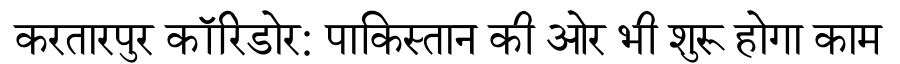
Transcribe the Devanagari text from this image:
करतारपुर कॉरिडोर: पाकिस्तान की ओर भी शुरू होगा काम